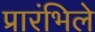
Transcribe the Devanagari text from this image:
प्रारंभिले